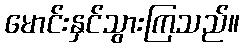
မောင်းနှင်သွားကြသည်။